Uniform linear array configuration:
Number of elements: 32
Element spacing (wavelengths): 0.5
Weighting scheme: cosine
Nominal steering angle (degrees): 60
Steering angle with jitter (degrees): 58.592
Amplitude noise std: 0.05
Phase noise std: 0.05

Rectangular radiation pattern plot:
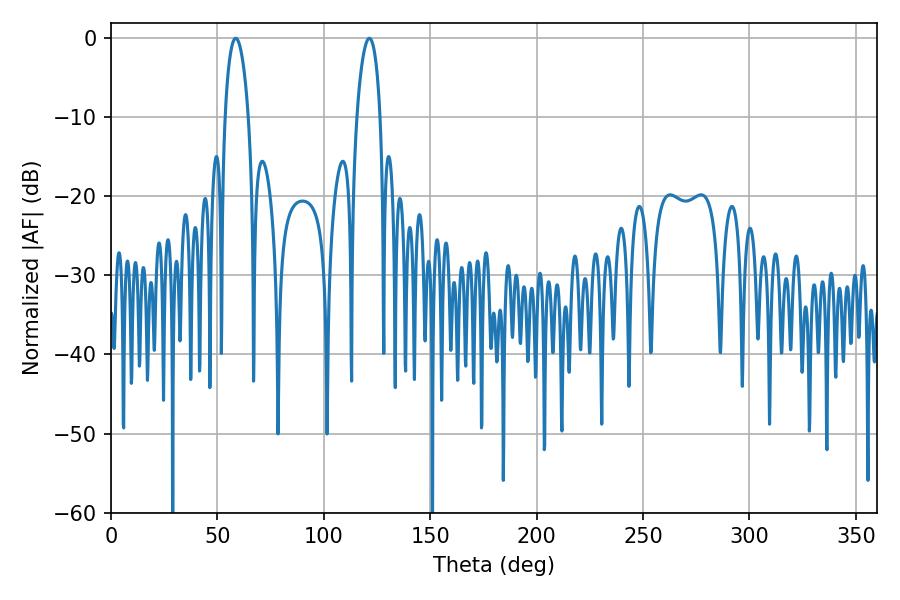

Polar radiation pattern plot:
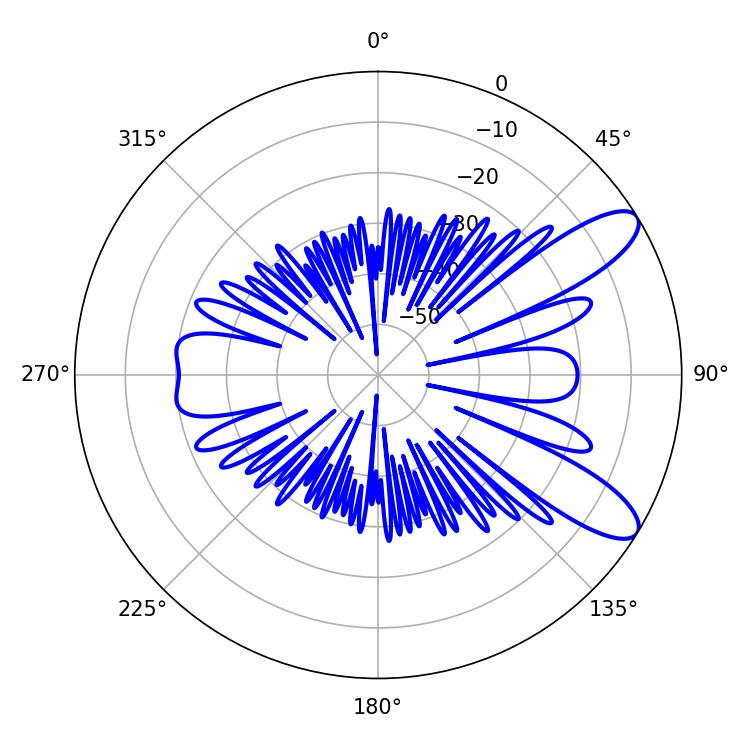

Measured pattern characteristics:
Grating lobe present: FALSE
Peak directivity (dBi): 9.989
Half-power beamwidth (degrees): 6.3
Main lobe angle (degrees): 58.68